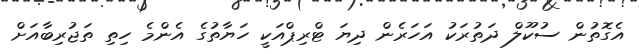
އެގޮތުން ސުކޫލް ދަތުރަކު އަހަރެން ދިޔަ ޓްރިޕްއަކީ ހަޔާތުގެ އެންމެ ހިތި ތަޖުރިބާއަށް